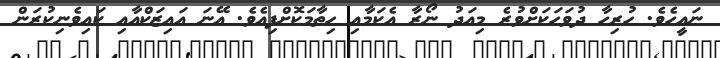
ނައީހެވެ. ހުރިހާ ދުވަހަކަށްވުރެ މިއަދު ނޯރާ އެކަމާއި ހިތާމަކޮށްފިއެވެ. އޭނަ އައިޒަކްއާއި ކައިވެނިކުރަން